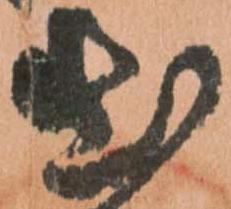
出